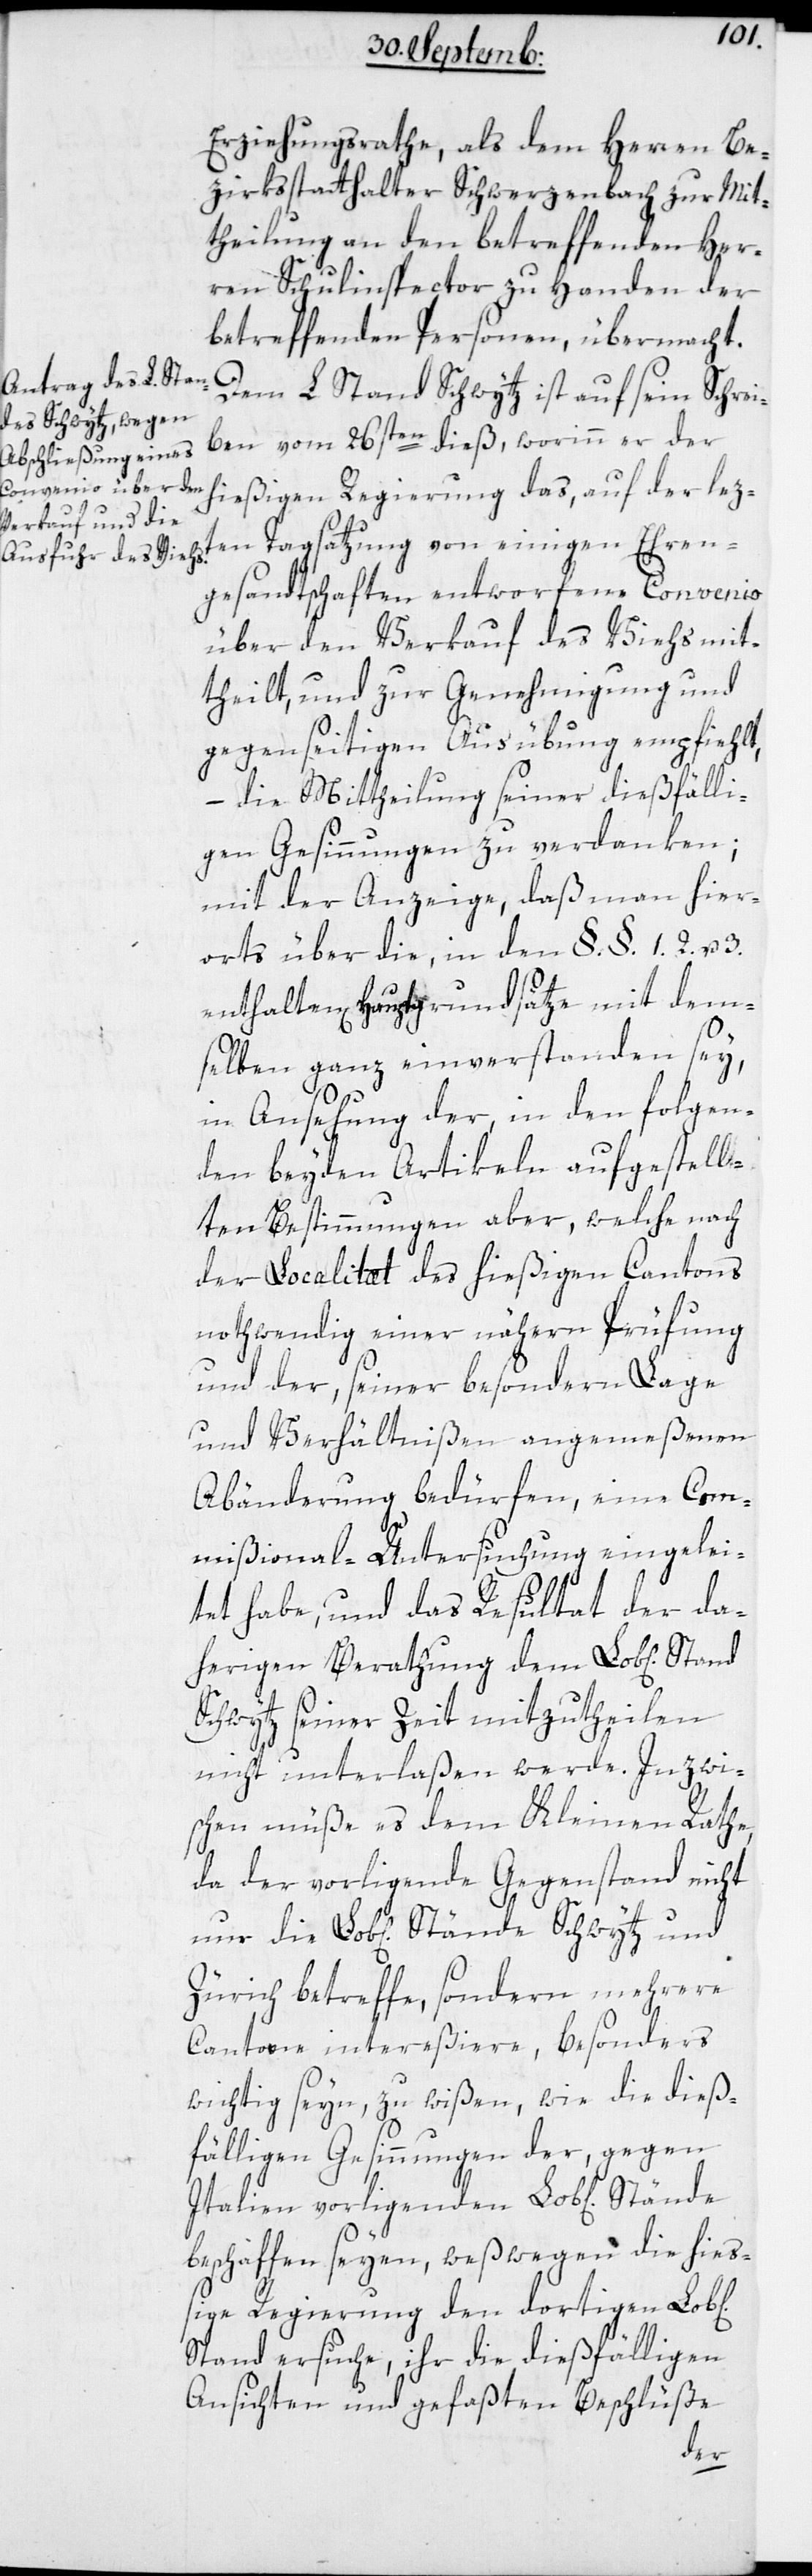
Ehren¬
Erziehungsrathe als dem Herren Be¬
zirksstatthalter Schwerzenbach zur Mit¬
theilung an den betreffenden Her¬
ren Schulinspector zu Handen der
betreffenden Personen, übermacht.
Dem L. Stand Schwytz ist auf sein Schrei¬
ben vom 26sten dieß, worinn er der
hießigen Regierung das, auf der lez¬
gesandtschaften entworfene Convenio
über den Verkauf des Viehs mit¬
theilt, und zur Genehmigung und
gegenseitigen Ausübung empfiehlt,
– die Mittheilung seiner dießfälli¬
gen Gesinnungen zu verdanken;
mit der Anzeige, daß man hier¬
orts über die, in den §.§. 1. 2. u. 3.
enthaltenen Hauptgrundsätze mit dem¬
selben ganz einverstanden sey
in Ansehung der, in den folgen¬
den beyden Artikeln aufgestell¬
ten Bestimmungen aber, welche nach
der Localität des hießigen Cantons
nothwendig einer nähern Prüfung
und der, seiner besondern Lage
und Verhältnißen angemeßenen
Abänderung bedürfen, eine Com¬
mißional-Untersuchung eingelei¬
tet habe, und das Resultat der da¬
herigen Berathung dem Lobl[ichen]
Schwytz seiner Zeit mitzutheilen
nicht unterlaßen werde. Inzwi¬
schen müße es dem Kleinen Rathe,
da der vorliegende Gegenstand nicht
Zürich betreffe, sondern mehrere
Cantone intereßiere, besonders
wichtig seyn, zu wißen, wie die dieß¬
fälligen Gesinnungen der, gegen
Italien vorliegenden Lobl[ichen]
beschaffen seyen, weßwegen die hieß¬
ige Regierung den dortigen Lobl[i¬
Stand ersuche, ihr die dießfälligen
Ansichten und gefaßten Beschlüße
chen]